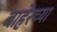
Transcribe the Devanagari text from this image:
बाहेरच्‍या